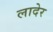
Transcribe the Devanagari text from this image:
लादेर